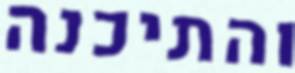
והתיכנה